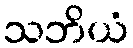
သဘိယံ